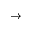
\xrightarrow { }